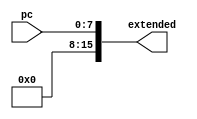
module ZE_16(
	input [7:0] pc,
	output [15:0] extended
);
                         
    assign extended = { {8{1'b0}}, pc};
    
endmodule